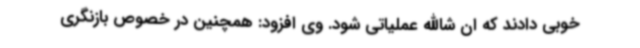
خوبی دادند که ان شاالله عملیاتی شود. وی افزود: همچنین در خصوص بازنگری